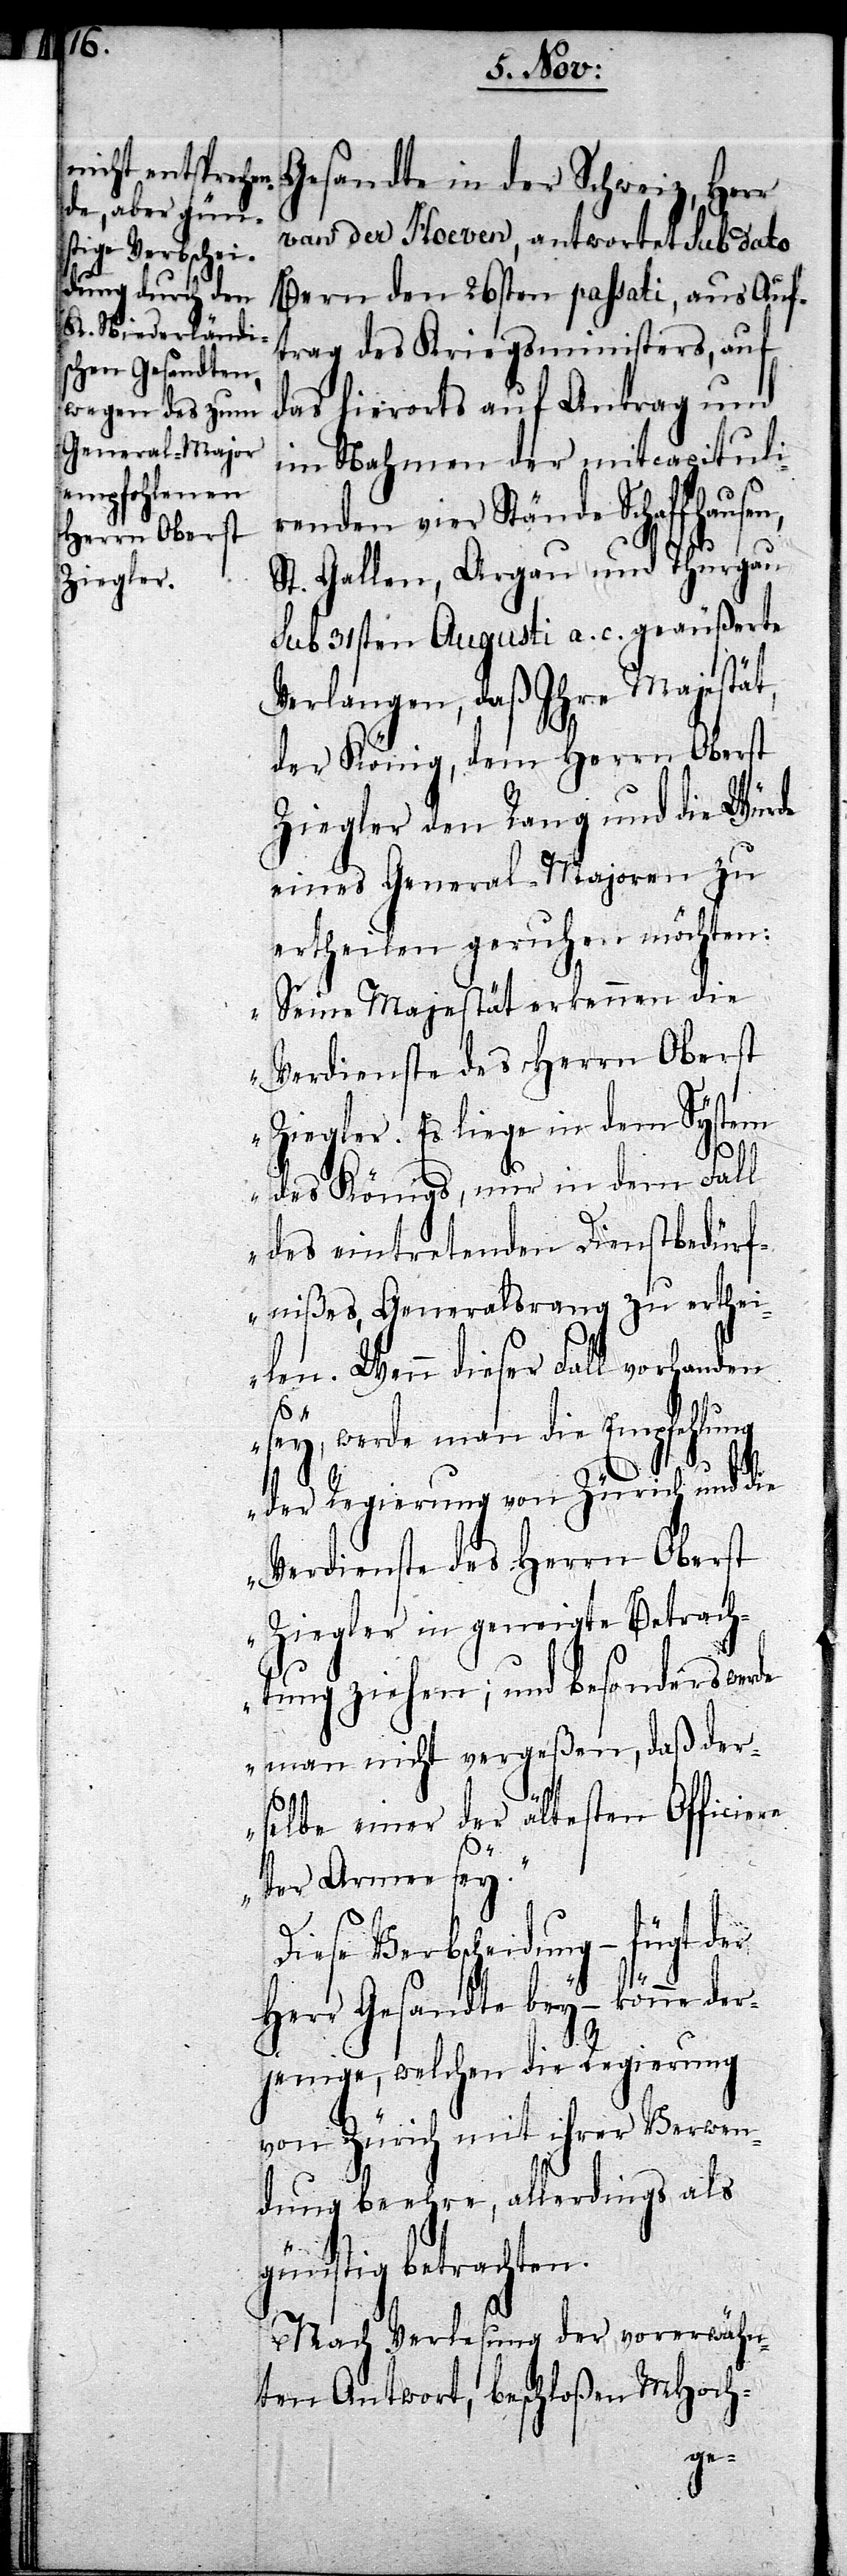
Gesandte in der Schweiz, Herr
van der Hoeven, antwortet sub dato
Bern den 26sten passati, aus Auf¬
trag des Kriegsministers, auf
das hierorts auf Antrag und
im Nahmen der mitcapituli¬
renden vier Stände Schaffhaus¬
St. Gallen, Argau und Thurgau
sub 31sten Augusti a. c. geäußerte
Verlangen, daß Ihre Majestät,
der König, dem Herrn Oberst
Ziegler den Rang und die Würde
eines General-Majoren zu
ertheilen geruhen möchten:
„Seine Majestät erkennen die
Verdienste des Herrn Oberst
Ziegler. Es liege in dem System
des Königs, nur in dem Fall
des eintretenden Dienstbedürf¬
nißes, Generalsrang zu erthei¬
len. Wenn dieser Fall vorhanden
sey, werde man die Empfehlung
der Regierung von Zürich und die
Verdienste des Herrn Oberst
Ziegler in geneigte Betrach¬
tung ziehen; und besonders werde
man nicht vergeßen, daß der¬
selbe einer der ältesten Officiere
der Armee sey.“
Diese Verbscheidung – fügt der
Herr Gesandte bey – könne der¬
jenige, welchen die Regierung
von Zürich mit ihrer Verwen¬
dung beehre, allerdings als
günstig betrachten.
Nach Verlesung der vorerwähn¬
ten Antwort, beschloßen MHoch-
en,